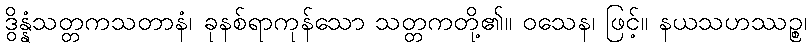
ဒွိန္နံသတ္တကသတာနံ၊ ခုနစ်ရာကုန်သော သတ္တကတို့၏။ ဝသေန၊ ဖြင့်။ နယသဟဿဉ္စ၊